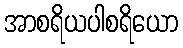
အာစရိယပါစရိယော